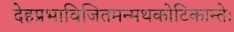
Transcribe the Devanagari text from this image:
देहप्रभाविजितमन्मथकोटिकान्तेः